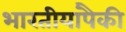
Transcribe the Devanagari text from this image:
भारतीयांपैकी